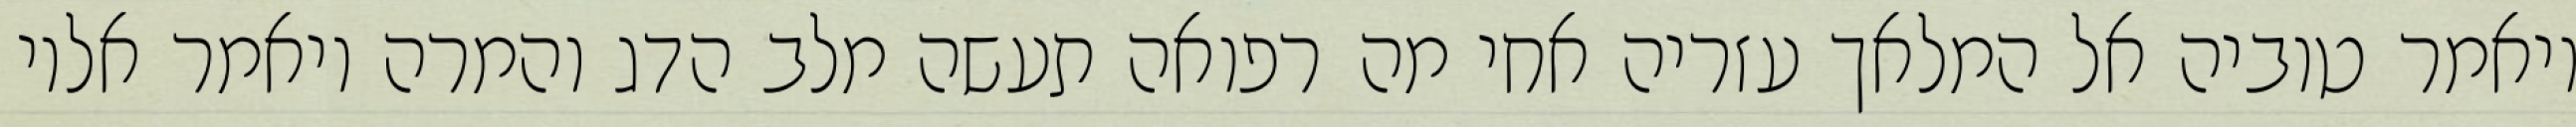
ויאמר טוביה אל המלאך עזריה אחי מה רפואה תעשה מלב הדג והמרה ויאמר אליו